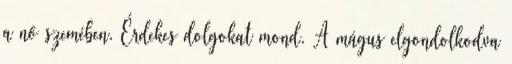
a nő szemében. Érdekes dolgokat mond. A mágus elgondolkodva